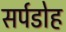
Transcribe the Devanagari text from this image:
सर्पडोह